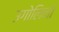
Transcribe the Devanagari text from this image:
उगोलिनो